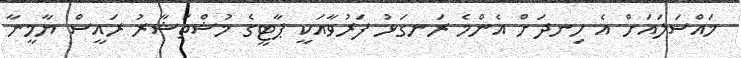
މައްސަލައަށް އެ ހިނދަށް އެންމެ ރަނގަޅު ފަރުވާއަކީ ޕާޓީގެ މުޝްތަޝާރު ރައީސް ޔާމީނާ